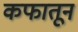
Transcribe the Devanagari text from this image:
कफातून